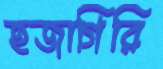
হজাগিরি